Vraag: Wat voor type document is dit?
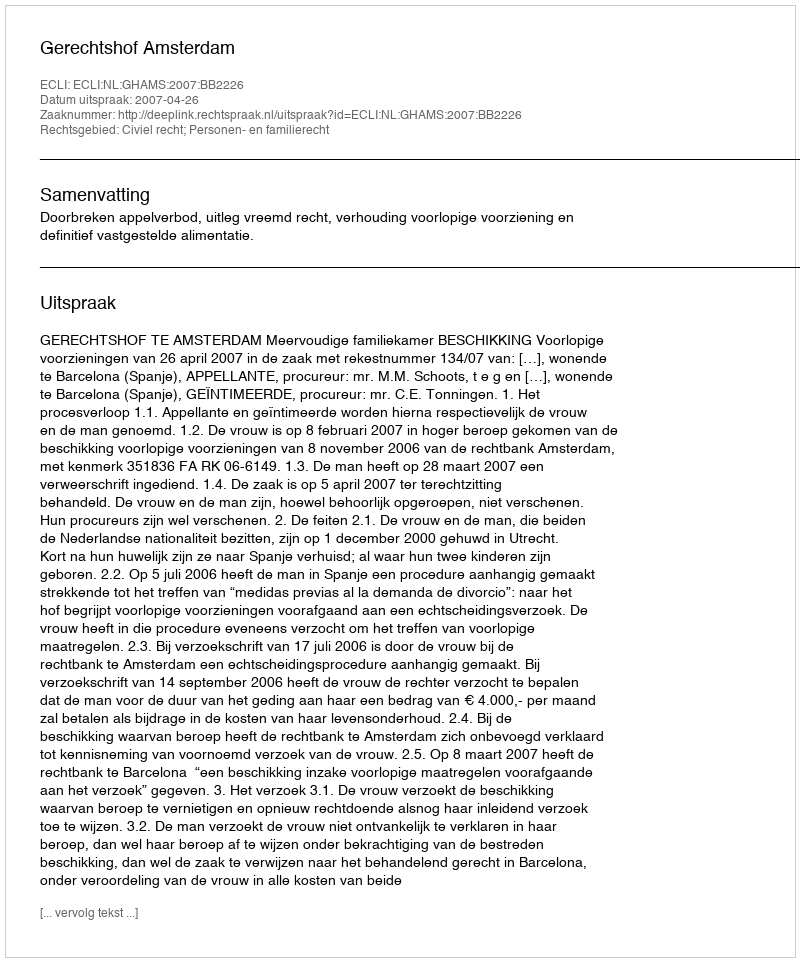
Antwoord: Uitspraak